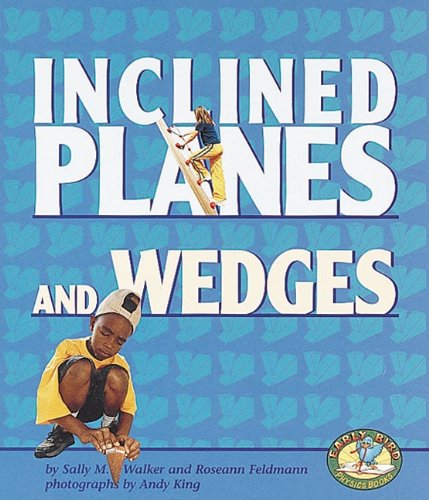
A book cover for Inclined Planes and Wedges (Early Bird Physics); Roseann Feldmann; Children's Books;